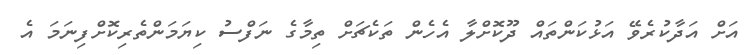
އަށް އަދާކުރެވޭ އަޅުކަންތައް ދޫކޮށްލާ އެހެން ތަކެޗަށް ތިމާގެ ނަފްސު ކިޔަމަންތެރިކޮށްފިނަމަ އެ